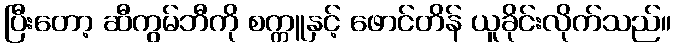
ပြီးတော့ ဆီကွမ်ဘီကို စက္ကူနှင့် ဖောင်တိန် ယူခိုင်းလိုက်သည်။